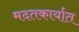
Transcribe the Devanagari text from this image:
मदतकार्यात